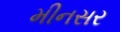
મીનસર